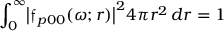
\int _ { 0 } ^ { \infty } \bigl | \mathfrak { f } _ { p 0 0 } ( \omega ; r ) \bigr | ^ { 2 } 4 \pi r ^ { 2 } \, d r = 1